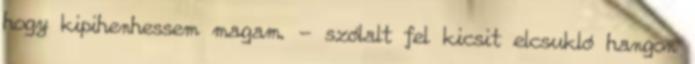
hogy kipihenhessem magam. - szólalt fel kicsit elcsukló hangon